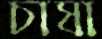
চাষা